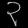
Digit: ၃